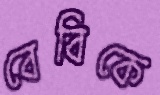
বেবিকে